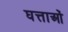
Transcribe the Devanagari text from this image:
घत्ताओं